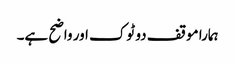
ہمارا موقف دو ٹوک اور واضح ہے۔